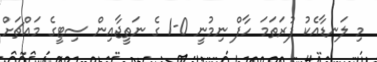
މި ލަނޑާއެކު ފުރަތަމަ ހާފް ނިމުނީ 0-1 ގެ ނަތީޖާއިން ސިޓީގެ މައްޗަށް